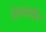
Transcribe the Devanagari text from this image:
शिकंजबीन